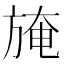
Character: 𣃾